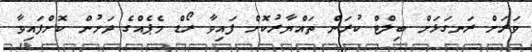
ވަރަށް ރަނގަޅަށް ބިލްޓް ކުރަން ތައްޔާރުކޮށް ފައިވާ ރޯޑް މެޕެއްގެ ދަށުން ކޮށްފައިވާ